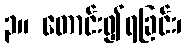
၃။ တောင်း၍ရခြင်း၊